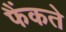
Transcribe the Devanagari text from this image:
फैंकते